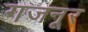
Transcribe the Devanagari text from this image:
गजनूर